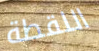
اللقطة